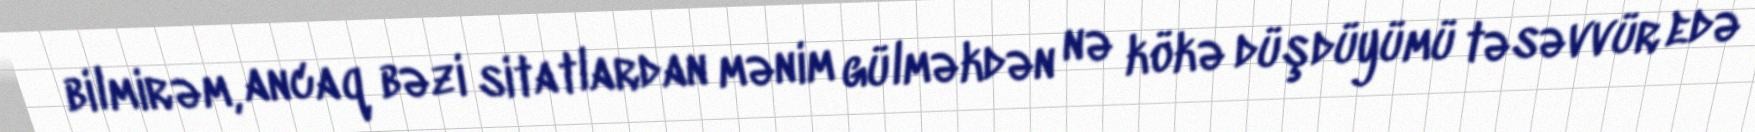
bilmirəm, ancaq bəzi sitatlardan mənim gülməkdən nə kökə düşdüyümü təsəvvür edə